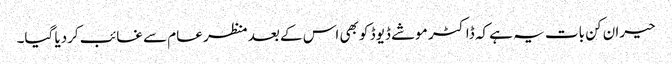
حیران کن بات یہ ہے کہ ڈاکٹر موشے ڈیوڈ کو بھی اس کے بعد منظر عام سے غائب کردیا گیا۔